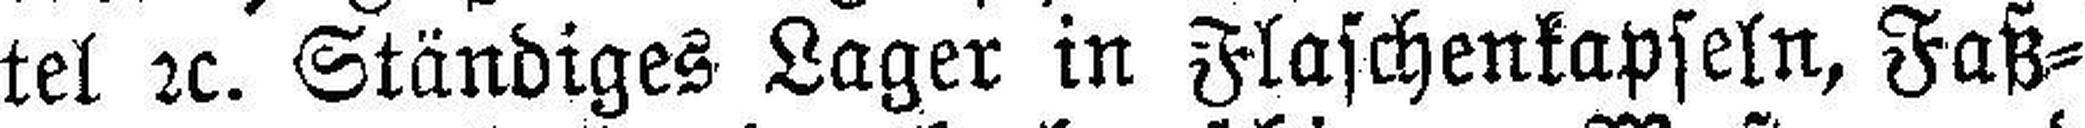
tel 2c. Ständiges Lager in Flaschenkapseln, Faß¬